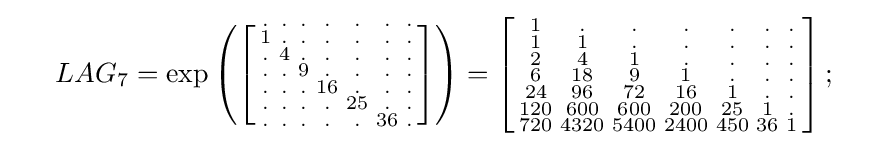
{\begin{array}{lll}&LAG_{7}=\exp \left(\left[{\begin{smallmatrix}.&.&.&.&.&.&.\\1&.&.&.&.&.&.\\.&4&.&.&.&.&.\\.&.&9&.&.&.&.\\.&.&.&16&.&.&.\\.&.&.&.&25&.&.\\.&.&.&.&.&36&.\end{smallmatrix}}\right]\right)=\left[{\begin{smallmatrix}1&.&.&.&.&.&.\\1&1&.&.&.&.&.\\2&4&1&.&.&.&.\\6&18&9&1&.&.&.\\24&96&72&16&1&.&.\\120&600&600&200&25&1&.\\720&4320&5400&2400&450&36&1\end{smallmatrix}}\right];\quad \end{array}}